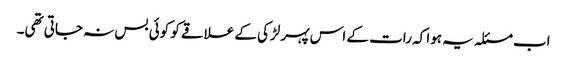
اب مسئلہ یہ ہوا کہ رات کے اس پہر لڑکی کے علاقے کو کوئی بس نہ جاتی تھی۔